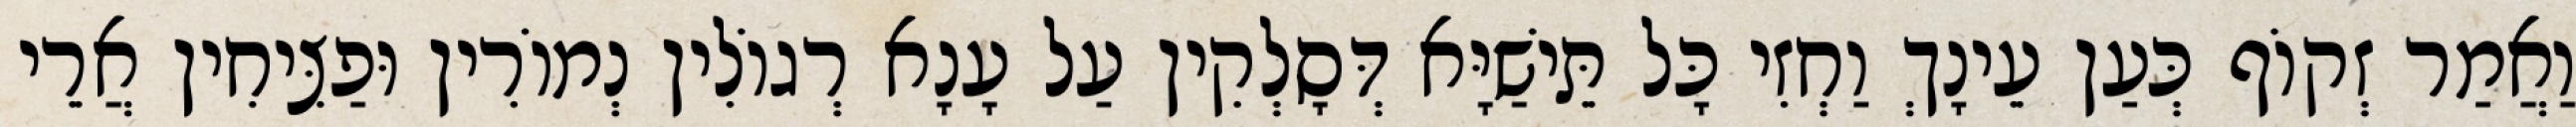
וַאֲמַר זְקוֹף כְּעַן עֵינָךְ וַחְזִי כָּל תֵּישַׁיָּא דְּסָלְקִין עַל עָנָא רְגוֹלִין נְמוֹרִין וּפַצִּיחִין אֲרֵי